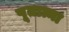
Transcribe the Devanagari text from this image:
पूतात्मा